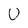
Character: U